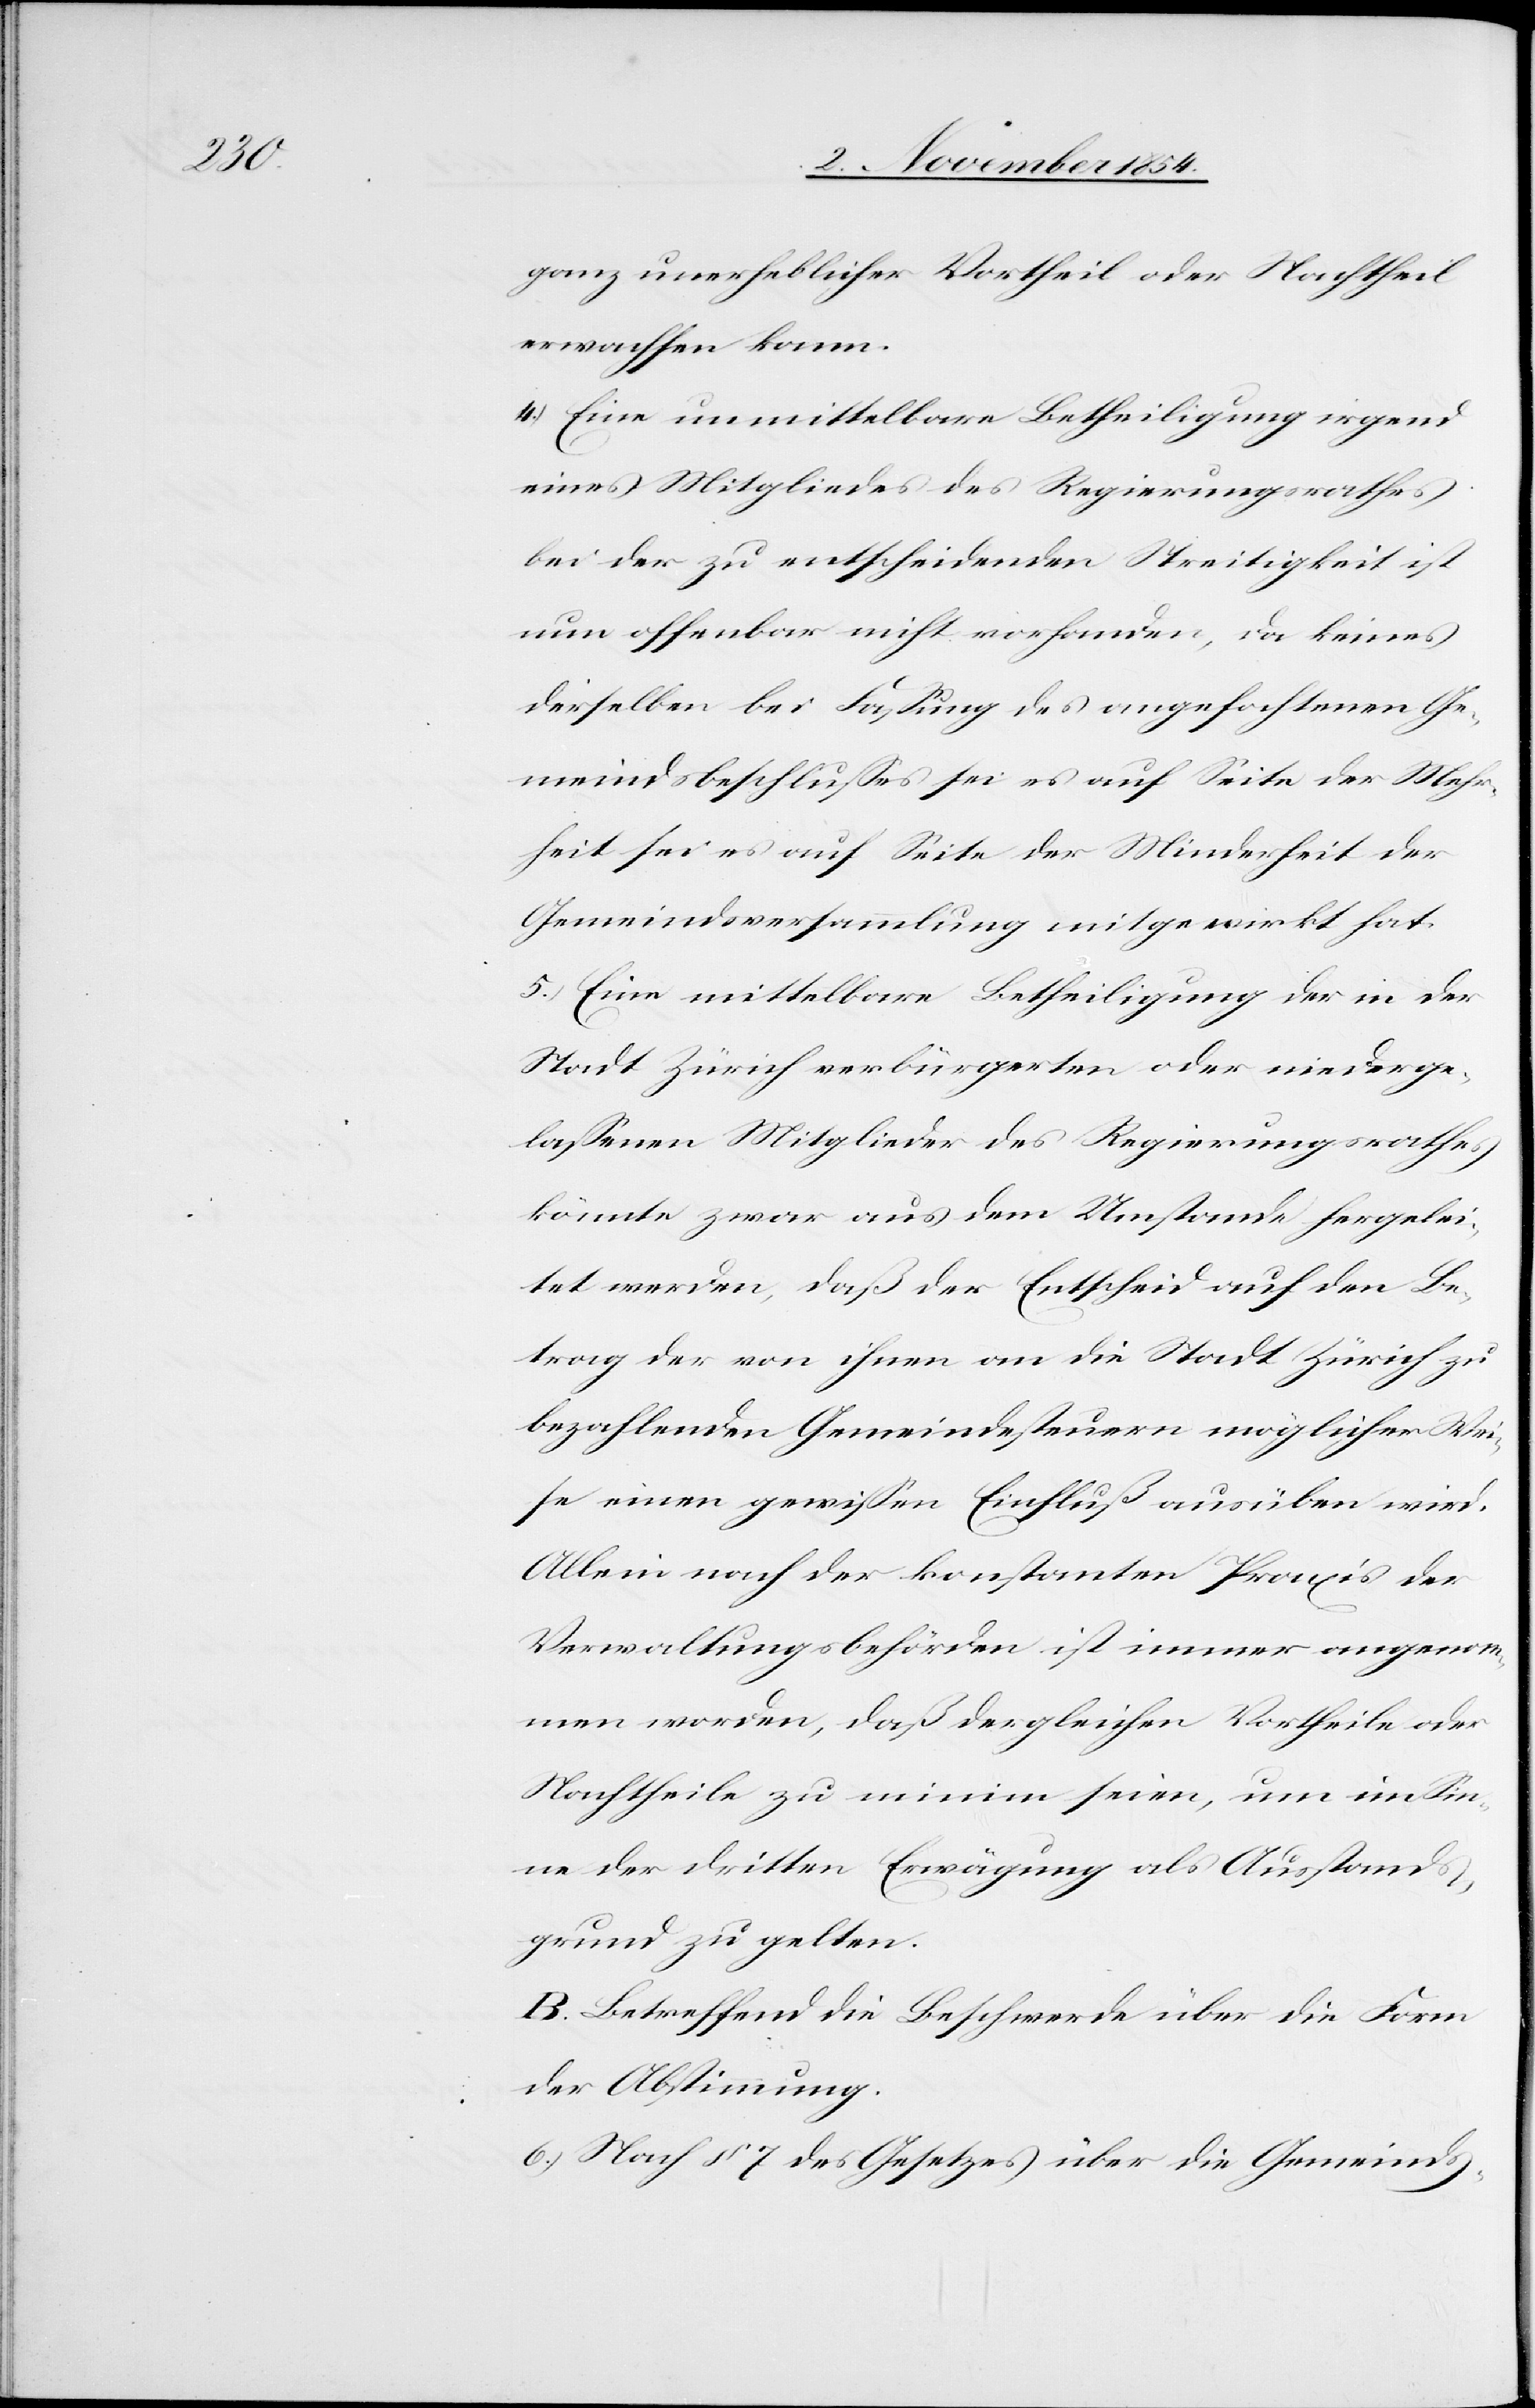
ganz unerheblicher Vortheil oder Nachtheil
erwachsen kann.
4.) Eine unmittelbare Betheiligung irgend
eines Mitgliedes des Regierungsrathes
bei der zu entscheidenden Streitigkeit ist
nun offenbar nicht vorhanden, da keines
derselben bei Faßung des angefochtenen Ge¬
meindsbeschlußes sei es auf Seite der Mehr¬
heit sei es auf Seite der Minderheit der
Gemeindsversammlung mitgewirkt hat.
5.) Eine mittelbare Betheiligung der in der
Stadt Zürich verbürgerten oder niederge¬
laßenen Mitglieder des Regierungsrathes
könnte zwar aus dem Umstande hergelei¬
tet werden, daß der Entscheid auf den Be¬
trag der von ihnen an die Stadt Zürich zu
bezahlenden Gemeindesteuern möglicher Wei¬
se einen gewißen Einfluß ausüben wird.
Allein nach der konstanten Praxis der
Verwaltungsbehörden ist immer angenom¬
men worden, daß dergleichen Vortheile oder
Nachtheile zu minim seien, um im Sin¬
ne der dritten Erwägung als Ausstands¬
grund zu gelten.
B. Betreffend die Beschwerde über die Form
der Abstimmung.
6.) Nach § 7. des Gesetzes über die Gemeinds-